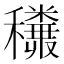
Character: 𥤅